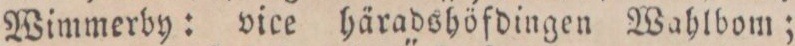
Wimmerby: vice häradshöfdingen Wahlbom;